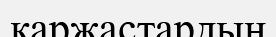
қаржастардың